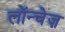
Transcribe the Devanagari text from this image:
लॉन्चेज़